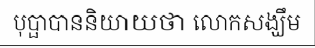
បុប្ផាបាននិយាយថា លោកសង្ឃឹម